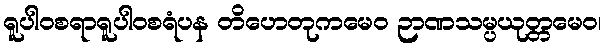
ရူပါဝစရာရူပါဝစရံပန တိဟေတုကမေဝ ဉာဏသမ္ပယုတ္တမေဝ၊